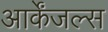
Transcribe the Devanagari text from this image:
आर्केंजल्स